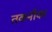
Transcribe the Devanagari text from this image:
तकनीक।